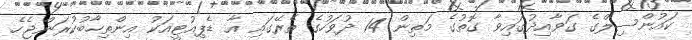
ކައުންސިލްގެ ގަވާއިދުގައިވާ ގޮތުގެ މަތިން 14 ދުވަހުގެ ތެރޭގައި އާ ޑެޕިއުޓީއަކު އިންތިހާބުކުރަންޖެހެ